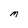
Character: M